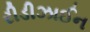
રીડીઝાઈન